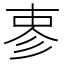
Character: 𪫈